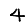
Digit: 4